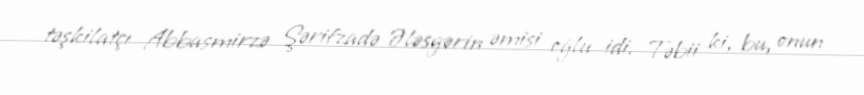
təşkilatçı Abbasmirzə Şərifzadə Ələsgərin əmisi oğlu idi. Təbii ki, bu, onun